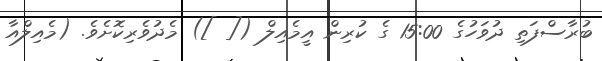
ބުރާސްފަތި ދުވަހުގެ 15:00 ގެ ކުރިން އީމެއިލް ([ ]) މެދުވެރިކޮށެވެ. (މެއިލްއާ